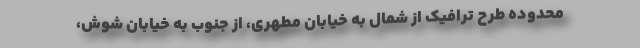
محدوده طرح ترافیک از شمال به خیابان مطهری، از جنوب به خیابان شوش،